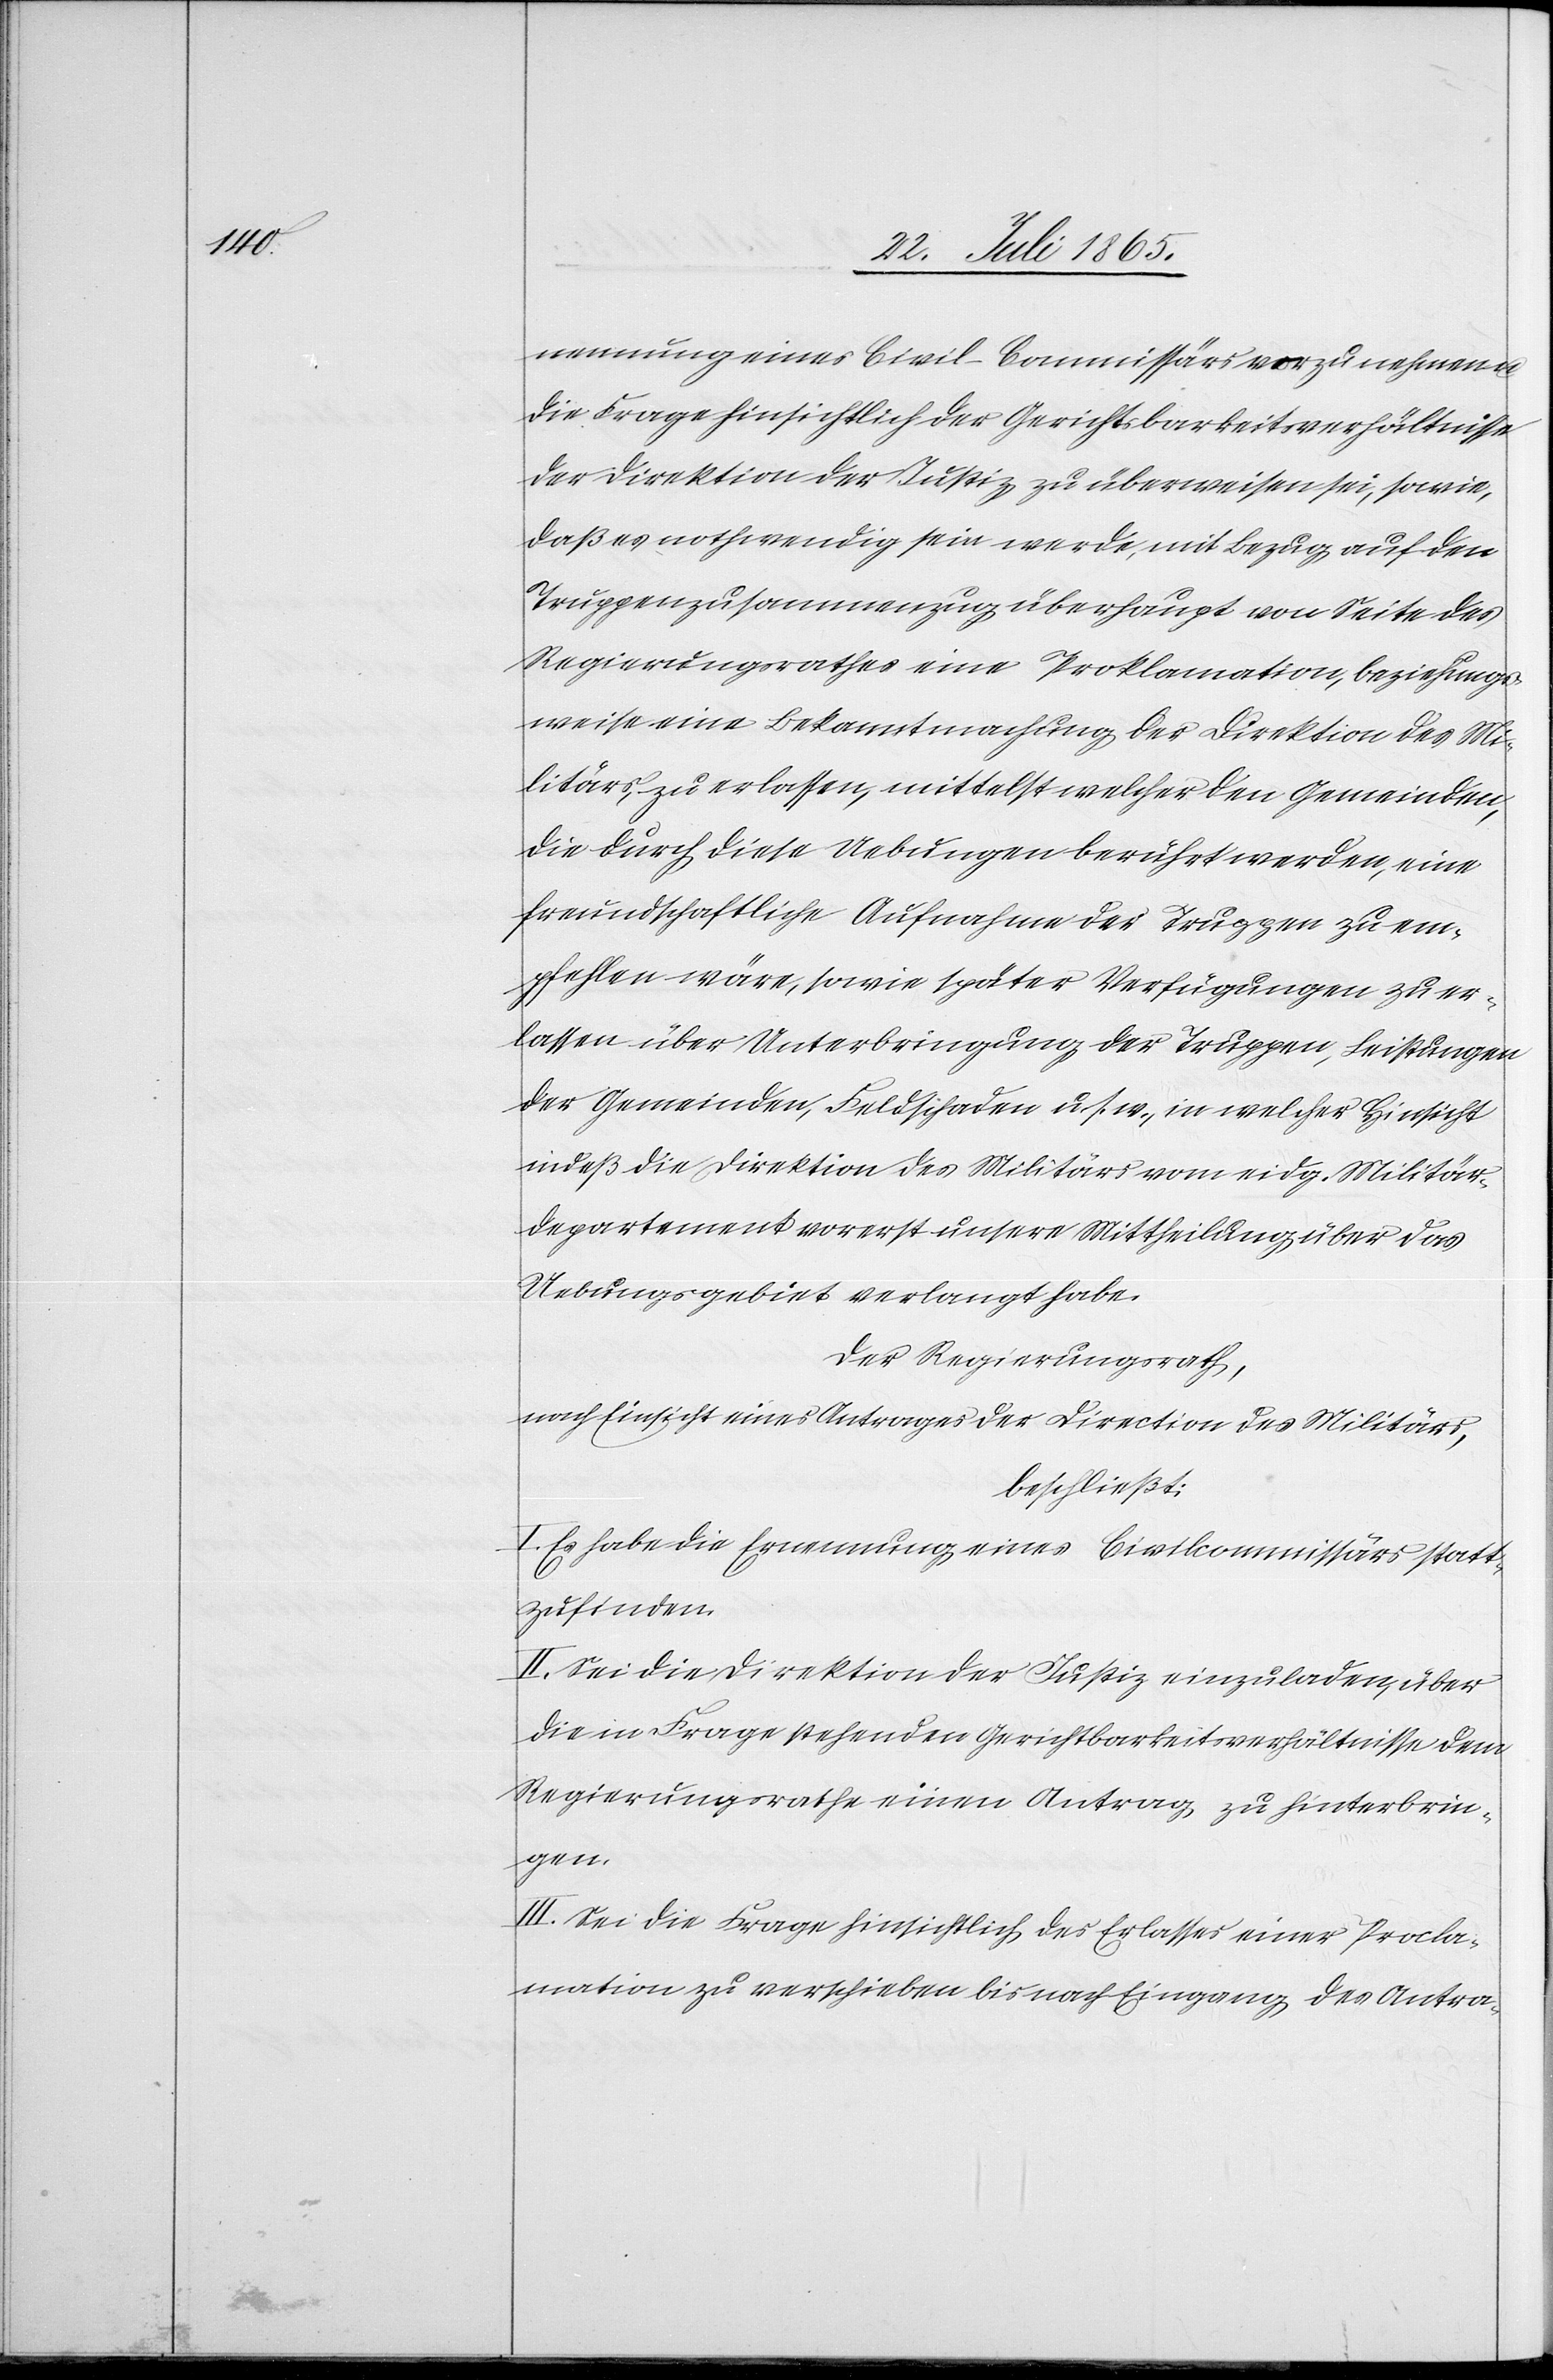
nennung eines Civil-Commissärs vorzunehmen u.
die Frage hinsichtlich der Gerichtsbarkeitsverhältnisse
der Direktion der Justiz zu überweisen sei, sowie,
das es nothwendig sein werde, mit Bezug auf den
Truppenzusammenzug überhaupt von Seite des
Regierungsrathes eine Proklamation, beziehungs¬
weise eine Bekanntmachung der Direktion des Mi¬
litärs, zu erlassen, mittelst welcher den Gemeinden,
die durch diese Uebungen berührt werden, eine
freundschaftliche Aufnahme der Truppen zu em¬
pfehlen wäre, sowie später Verfügungen zu er¬
lassen über Unterbringung der Truppen, Leistungen
der Gemeinden, Feldschaden u. s. w., in welcher Hinsicht
indeß die Direktion des Militärs vom eidg. Militär¬
departement vorerst unsere Mittheilung über das
Uebungsgebiet verlangt habe.
Der Regierungsrath,
nach Einsicht eines Antrages der Direction des Militärs,
beschließt:
I. Es habe die Ernennung eines Civilcommissärs statt¬
zufinden.
II. Sei die Direktion der Justiz einzuladen, über
die in Frage stehenden Gerichtbarkeitsverhältnisse dem
Regierungsrathe einen Antrag zu hinterbrin¬
gen.
III. Sei die Frage hinsichtlich des Erlasses einer Procla¬
mation zu verschieben bis nach Eingang des Antra-